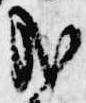
哉